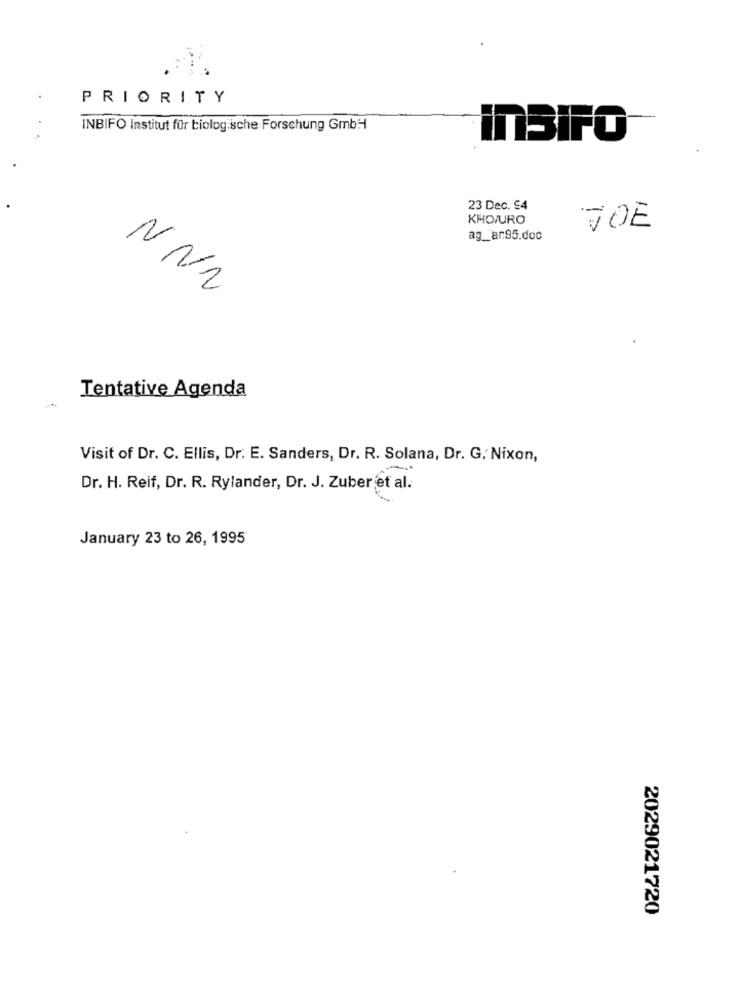
: :
PRIORITY
INBIFO Institut für biologische Forschung GmbH
ITBIFO
23 Dec. 94
KHO/URO
JOE
ag __ ar.95.doc
NNN
Tentative Agenda
Visit of Dr. C. Ellis, Dr. E. Sanders, Dr. R. Solana, Dr. G. Nixon,
-
Dr. H. Reif, Dr. R. Rylander, Dr. J. Zuber et al.
January 23 to 26, 1995
2029021720